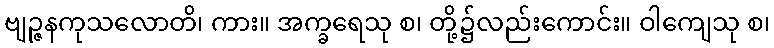
ဗျဉ္ဇနကုသလောတိ၊ ကား။ အက္ခရေသု စ၊ တို့၌လည်းကောင်း။ ဝါကျေသု စ၊